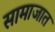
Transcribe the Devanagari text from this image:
सामाजात